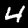
Label: 4